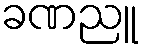
ခဏညူ